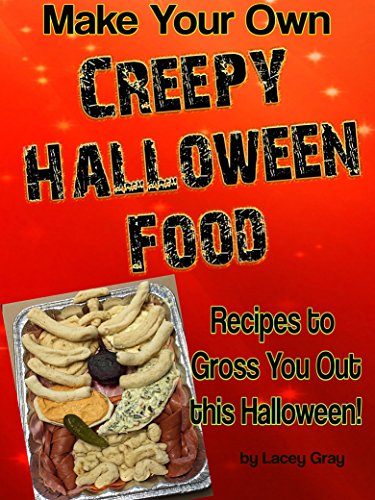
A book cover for Make Your Own Creepy Halloween Food: Recipes to Gross You Out this Halloween!; Lacey Gray; Cookbooks, Food & Wine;